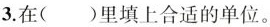
3.在()里填上合适的单位。